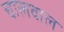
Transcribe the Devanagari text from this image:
चालवाल